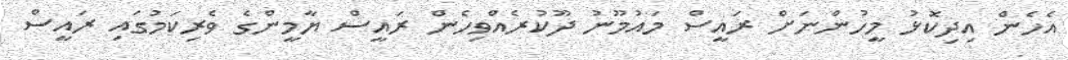
އެހެން އިދިކޮޅު މީހުންނަށް ރައީސް މައުމޫނު ދޫކުރެއްވިހެން ރައީސް ޔާމީންގެ ވެރިކަމުގައި ރައީސް